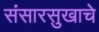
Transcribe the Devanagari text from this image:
संसारसुखाचे